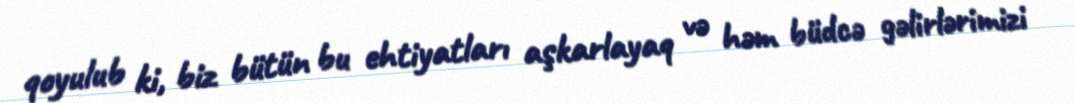
qoyulub ki, biz bütün bu ehtiyatları aşkarlayaq və həm büdcə gəlirlərimizi